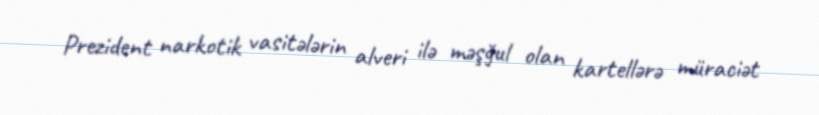
Prezident narkotik vasitələrin alveri ilə məşğul olan kartellərə müraciət